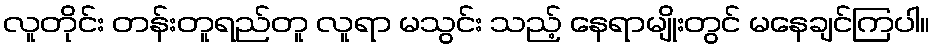
လူတိုင်း တန်းတူရည်တူ လူရာ မသွင်း သည့် နေရာမျိုးတွင် မနေချင်ကြပါ။